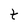
Character: t